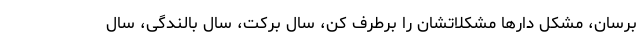
برسان، مشکل دارها مشکلاتشان را برطرف کن، سال برکت، سال بالندگی، سال